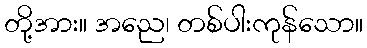
တို့အား။ အညေ၊ တစ်ပါးကုန်သော။